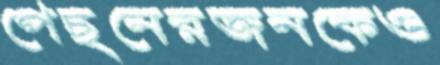
পেছনেরজনকেও